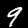
Label: 9